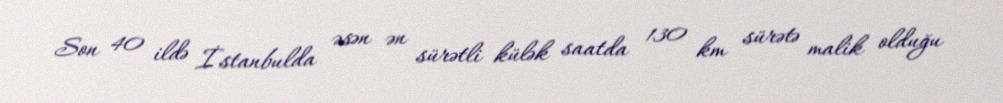
Son 40 ildə İstanbulda əsən ən sürətli külək saatda 130 km sürətə malik olduğu